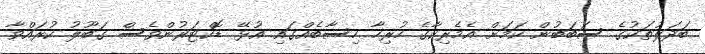
ބަދަލުތަކުގެ ސަބަބުން ކަމަށް އެމެރިކާގެ ހުރިހާ ހިސާބެއްގައި އުޅޭ ޑޮކްޓަރުންވެސް ގަބޫލު ކުރައްވާ